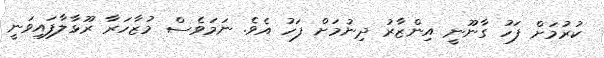
ކުރުމަށް ފަހު ގާނޫނީ އިންޒާރު ދިނުމަށް ފަހު އެވެ. ނަމަވެސް މުޒާހަރާ ރޫޅާލާފައިވަނީ